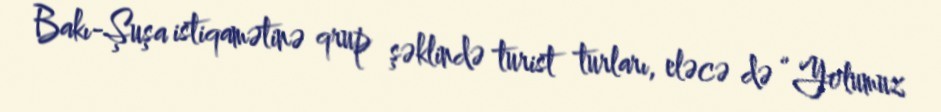
Bakı-Şuşa istiqamətinə qrup şəklində turist turları, eləcə də “Yolumuz